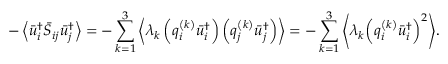
- \left\langle { \bar { u } _ { i } ^ { \dag } { { \bar { S } } _ { i j } } \bar { u } _ { j } ^ { \dag } } \right\rangle = - \sum _ { k = 1 } ^ { 3 } { \left\langle { { \lambda _ { k } } \left( { q _ { i } ^ { \left( k \right) } \bar { u } _ { i } ^ { \dag } } \right) \left( { q _ { j } ^ { \left( k \right) } \bar { u } _ { j } ^ { \dag } } \right) } \right\rangle } = - \sum _ { k = 1 } ^ { 3 } { \left\langle { { \lambda _ { k } } { { \left( { q _ { i } ^ { \left( k \right) } \bar { u } _ { i } ^ { \dag } } \right) } ^ { 2 } } } \right\rangle } .